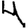
Digit: 4